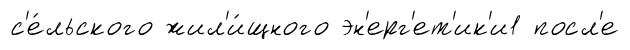
с'е́льского жил'и́щного эн'ерг'ет'ик'и1 посл'е